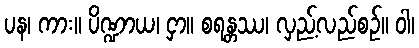
ပန၊ ကား။ ပိဏ္ဍာယ၊ ငှာ။ စရန္တဿ၊ လှည့်လည်စဉ်။ ဝါ၊